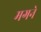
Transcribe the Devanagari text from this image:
मगने